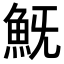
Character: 𩵪